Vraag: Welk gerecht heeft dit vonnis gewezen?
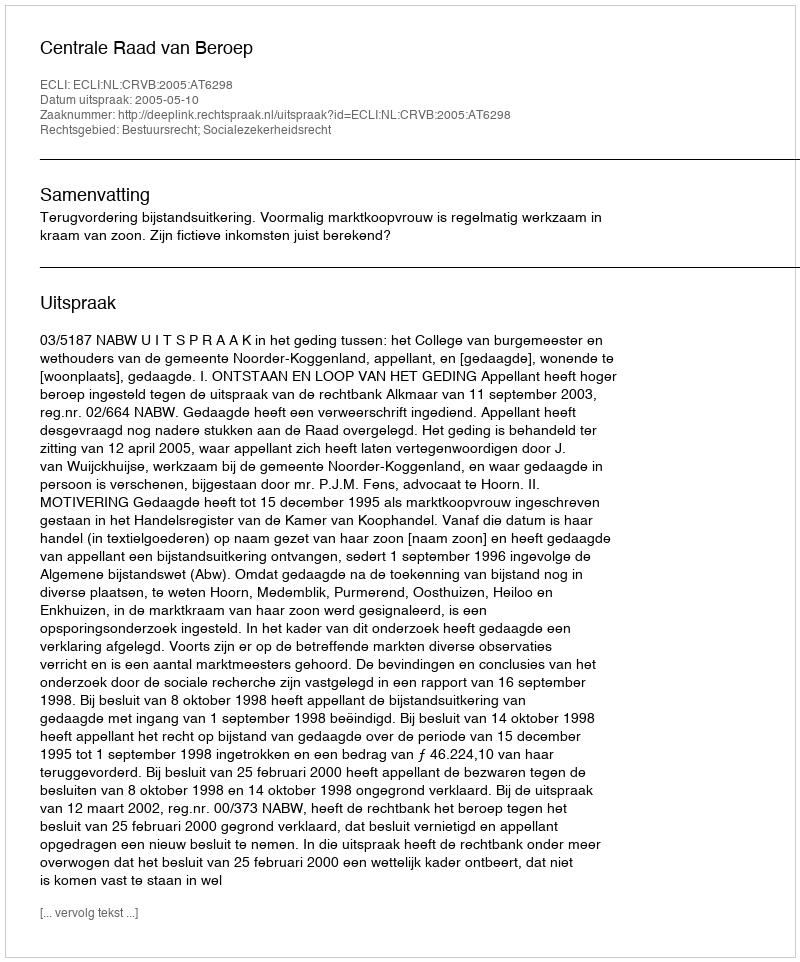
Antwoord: Centrale Raad van Beroep